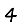
Digit: 4